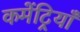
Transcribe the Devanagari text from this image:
कमेंट्रियाँ